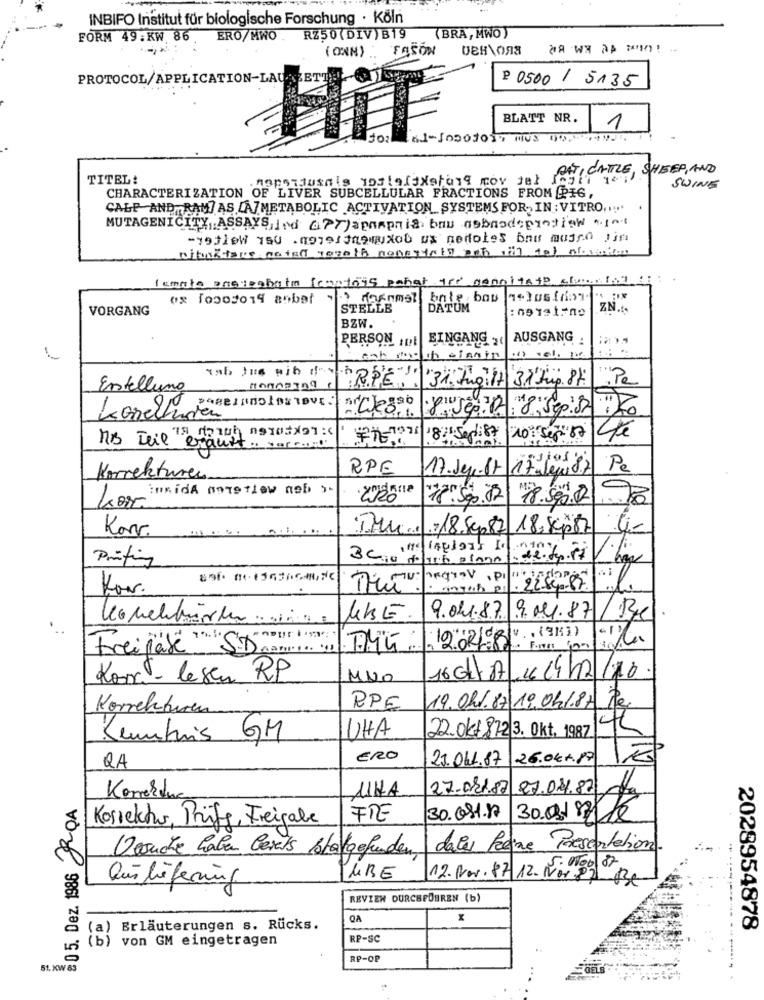
INBIFO Institut für biologische Forschung · Köln
(BRA, MWO )
FORM 49.KW. 86 ERO/MWO. RZ50(DIV)B19
( ONN) .
TASON
ЦЕН\ола
PROTOCOL/APPLICATION-LAU
P 0500 / 5135
BLATT NR.
HIT
1
nopotiusals 1039(3Xstand cov jat CE, SHEEP, AND
TITEL:
SWING
CHARACTERIZATION OF LIVER SUBCELLULAR FRACTIONS FROM PIG,
CALE AND,RAM] AS LA7METABOLIC ACTIVATION SYSTEMS FOR- IN : VITRO. ....
MUTAGENICITY, ASSAYS IN APT)apropria bau aobradeproffew .got
-yetleW is0 .noesneuxob us nedoles baus magen sin
lamoto pneusahatm (cortois pahar tre cengitedy cl ist
VORGANG
STELLE
DATUM
ZN.S.
BZW.
PERSON It
EINGANG ,
AUSGANG
1 :
31. Fugi17\37 tup. 84:
Erstellung
-
: 8. Sep:37
konechusten
18 .501:87
RPE
17.Jen-17 17 Jeg 87
Pe
Korrekturen
kor insida annetlow neb >
18.500.02
Kar.
, 2 18.Sep 87 18.sep87
Printing
BC10 tolib 01000. detpril
· ungab p. 22-sep-87.
9.04.87 9.01.87/ Be
Freijäte "."
Korr. - lesen RP
MNO
16 G/ 07/11/12/10.
Korrekturen
PPE
19.041.87 19.04/.87 e
Kenntnis GM
UHA
22.okt 872 3. Okt, 1987
45
ERO
21.041.87
26.044.19
QA
11HA
:05. Dez. 1986 ROA
27.041.87 27.04.82 0g
Korrektur, Prüfg, Freigabe
FRE
30.08.1.17
30.03/83 1€
dalus fene Presentation.
Versuche haben Gerets statgefunden,
PURE
Quilieferung
12. Par. 87 12. När 87_Be
REVIEW DURCHFÜHREN (b)
OA
X
(a) Erläuterungen s. Rucks.
2028954878
(b) von GM eingetragen
RP-SC
RP-OP